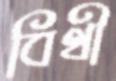
বিথী